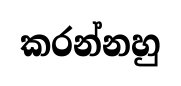
කරන්නහු